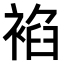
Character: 𧚧